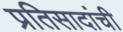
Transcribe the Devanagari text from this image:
प्रतिसादांची